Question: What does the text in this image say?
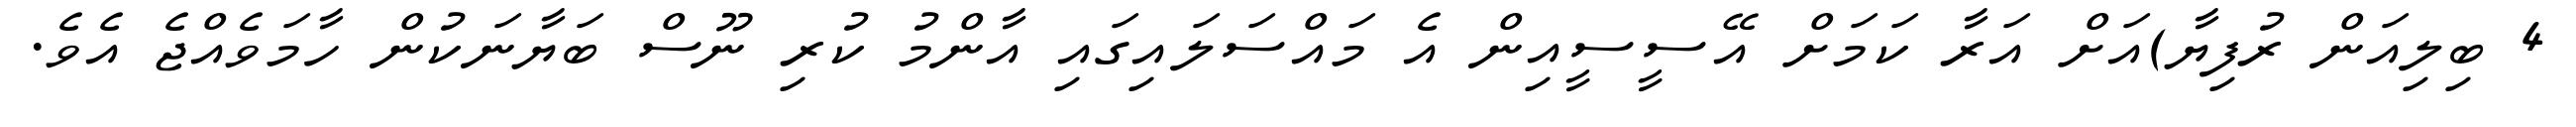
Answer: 4 ބިލިއަން ރުފިޔާ)އަށް އަރާ ކަމަށް އޭސީސީއިން އެ މައްސަލައިގައި އާންމު ކުރި ނޫސް ބަޔާނަކުން ހާމަވެއްޖެ އެވެ.